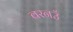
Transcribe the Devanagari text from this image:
बरनउँ